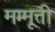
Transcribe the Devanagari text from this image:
मम्मूत्ती